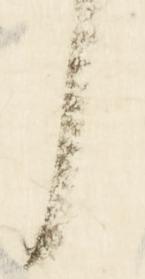
候